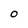
Character: O